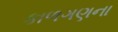
કાળગણના